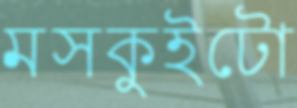
মসকুইটো